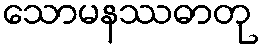
သောမနဿဓာတု